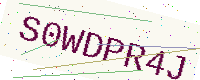
Text: S0WDPR4J